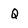
Character: Q